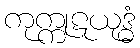
ကုက္ကုဋယုဒ္ဓံ